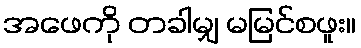
အဖေကို တခါမျှ မမြင်စဖူး။